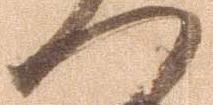
へ